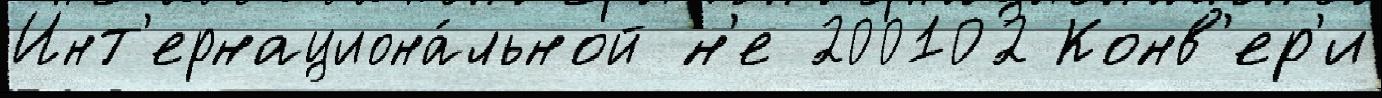
Инт'ернациона́льной н'е 200102 Конв'ер'и